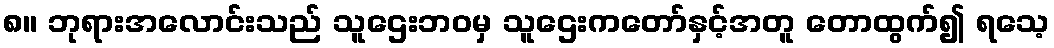
၈။ ဘုရားအလောင်းသည် သူဌေးဘဝမှ သူဌေးကတော်နှင့်အတူ တောထွက်၍ ရသေ့